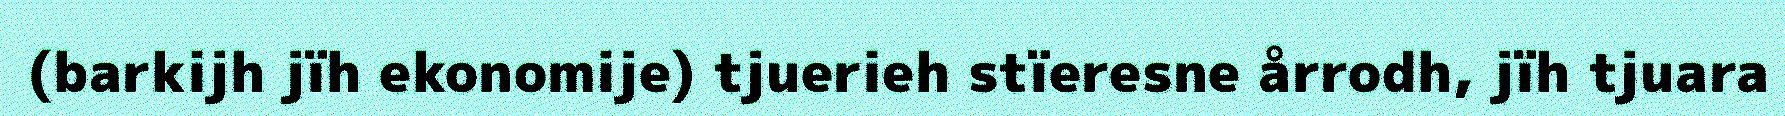
(barkijh jïh ekonomije) tjuerieh stïeresne årrodh, jïh tjuara